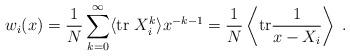
LaTeX: \begin{align*}w_i(x)=\frac{1}{N}\sum_{k=0}^{\infty}\langle\mathrm{tr} \ X_i^k\rangle x^{-k-1}=\frac{1}{N}\left\langle\mathrm{tr}\frac{1}{x-X_i}\right\rangle\;.\end{align*}